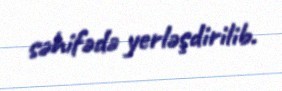
səhifədə yerləşdirilib.